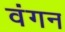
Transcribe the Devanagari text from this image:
वंगन